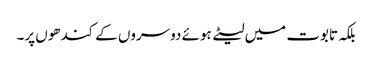
بلکہ تابوت میں لیٹے ہوئے دوسروں کے کندھوں پر۔